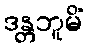
ဒန္တဘူမိံ